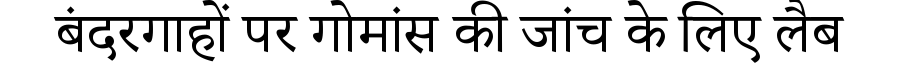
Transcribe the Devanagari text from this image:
बंदरगाहों पर गोमांस की जांच के लिए लैब